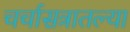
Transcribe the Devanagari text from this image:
चर्चासत्रातल्या